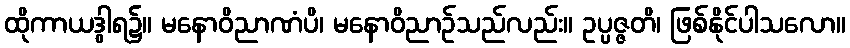
ထိုကာယဒွါရ၌။ မနောဝိညာဏံပိ၊ မနောဝိညာဉ်သည်လည်း။ ဥပ္ပဇ္ဇတိ၊ ဖြစ်နိုင်ပါသလော။